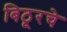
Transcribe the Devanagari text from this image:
बिठूरचे